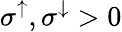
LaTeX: \sigma^{\uparrow},\sigma^{\downarrow}>0